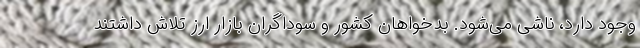
وجود دارد، ناشی می‌شود. بدخواهان کشور و سوداگران بازار ارز تلاش داشتند